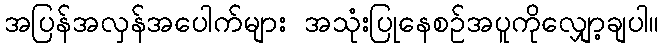
အပြန်အလှန်အပေါက်များ အသုံးပြုနေစဉ်အပူကိုလျှော့ချပါ။